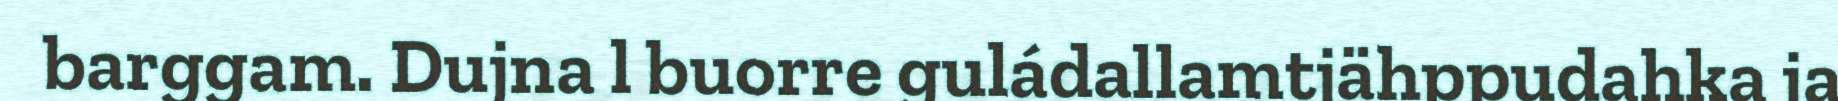
barggam. Dujna l buorre guládallamtjähppudahka ja